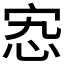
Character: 𡧫